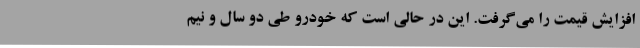
افزایش قیمت را می‌گرفت. این در حالی است که خودرو طی دو سال و نیم